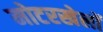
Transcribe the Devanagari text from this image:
मोटरखेलों